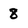
Character: 8